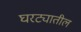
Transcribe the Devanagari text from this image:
घरट्यातील